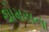
થોમસના